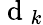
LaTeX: \mathrm{~d~}_{k}